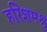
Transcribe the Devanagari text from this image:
हरिशमश्रु